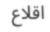
اقلاع